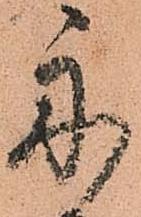
舟